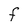
Character: F